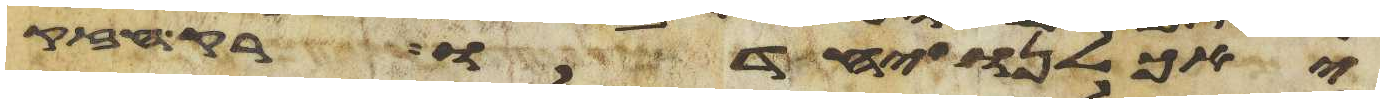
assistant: יאכלנו יחדו רק חזק